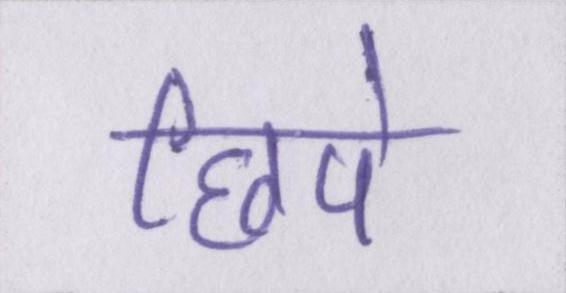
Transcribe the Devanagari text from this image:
छिपे